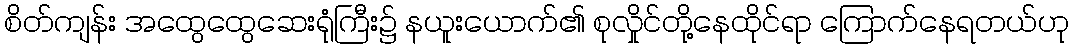
စိတ်ကျန်း အထွေထွေဆေးရုံကြီး၌ နယူးယောက်၏ စုလှိုင်တို့နေထိုင်ရာ ကြောက်နေရတယ်ဟု